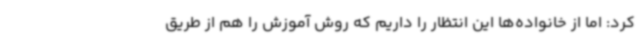
کرد: اما از خانواده‌ها این انتظار را داریم که روش آموزش را هم از طریق